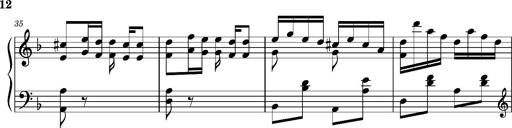
Title: Ungarischer Romanzero
Composer: Franz Liszt